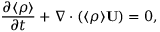
\frac { \partial \langle { \rho } \rangle } { \partial t } + \nabla \cdot ( \langle { \rho } \rangle { \bf { U } } ) = 0 ,